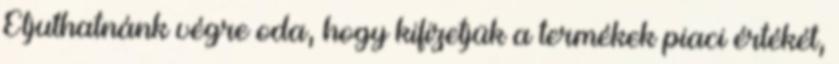
Eljuthatnánk végre oda, hogy kifizetjük a termékek piaci értékét,